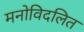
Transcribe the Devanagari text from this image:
मनोविदलित